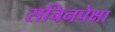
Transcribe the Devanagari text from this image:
सचिनपेक्षा